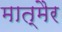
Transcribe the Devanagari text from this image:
मात्मैर